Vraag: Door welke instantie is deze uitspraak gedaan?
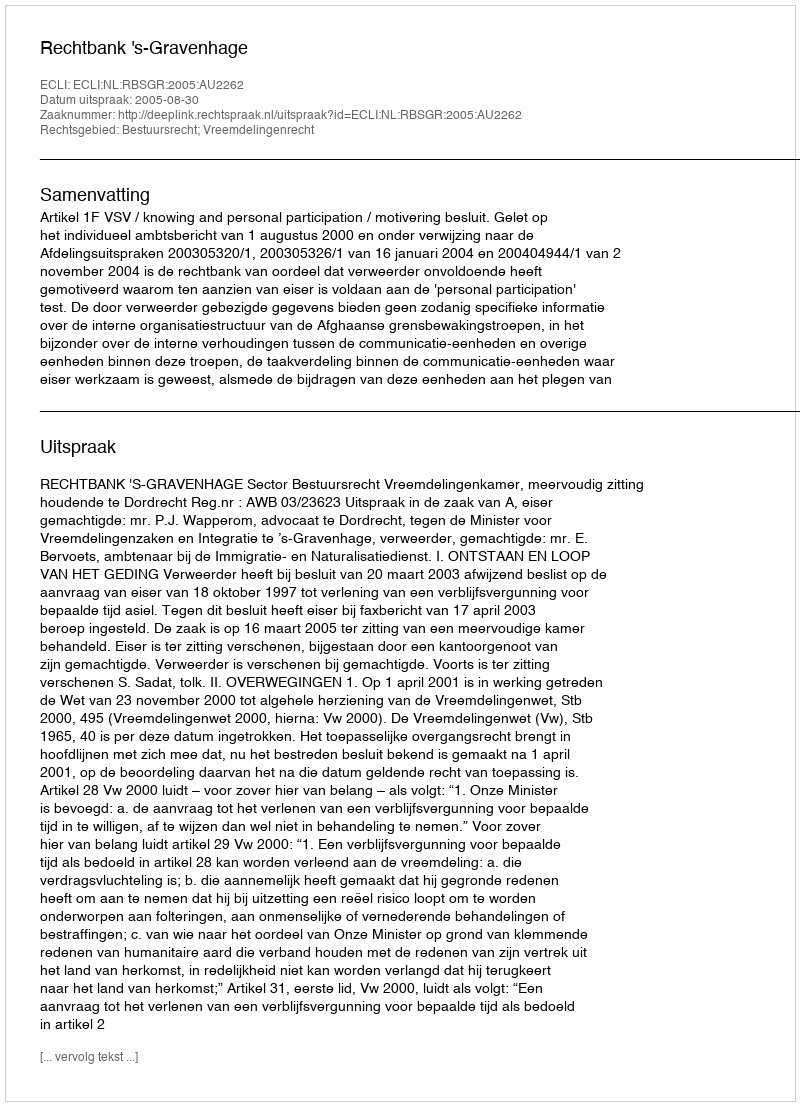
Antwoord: Rechtbank 's-Gravenhage